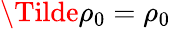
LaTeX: \Tilde{\rho_{0}}=\rho_{0}